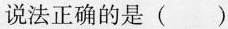
说法正确的是 ()